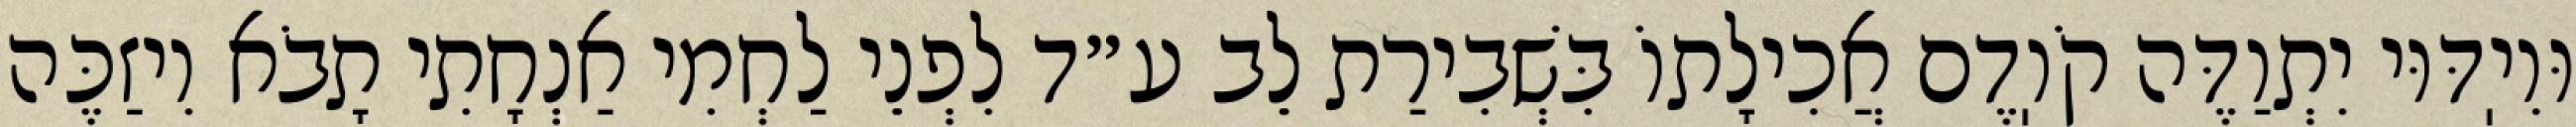
וּוִיֽדּוּי יִתְוַדֶּה קֹוֽדֶם אֲכִילָתוֹ בִּשְׁבִירַת לֵב ע״ד לִפְנֵי לַחְמִי אַנְחָתִי תָבֹא וִיזַכֶּה